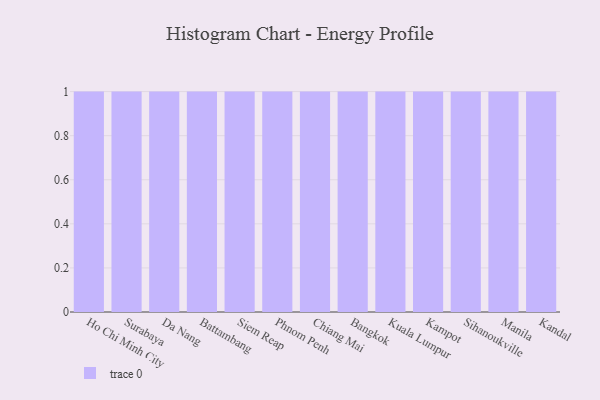
{"axis": {"x": "City", "y": "Operating Costs (USD K)"}, "legend": [""], "data": [{"x": "Ho Chi Minh City", "y": 70, "type": ""}, {"x": "Surabaya", "y": 13, "type": ""}, {"x": "Da Nang", "y": 50, "type": ""}, {"x": "Battambang", "y": 15, "type": ""}, {"x": "Siem Reap", "y": 76, "type": ""}, {"x": "Phnom Penh", "y": 69, "type": ""}, {"x": "Chiang Mai", "y": 94, "type": ""}, {"x": "Bangkok", "y": 87, "type": ""}, {"x": "Kuala Lumpur", "y": 44, "type": ""}, {"x": "Kampot", "y": 46, "type": ""}, {"x": "Sihanoukville", "y": 55, "type": ""}, {"x": "Manila", "y": 20, "type": ""}, {"x": "Kandal", "y": 45, "type": ""}]}